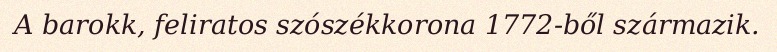
A barokk, feliratos szószékkorona 1772-ből származik.